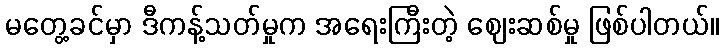
မတွေ့ခင်မှာ ဒီကန့်သတ်မှုက အရေးကြီးတဲ့ ဈေးဆစ်မှု ဖြစ်ပါတယ်။